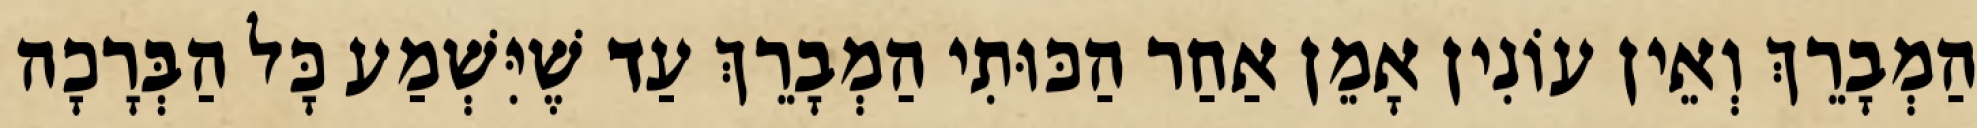
הַמְבָרֵךְ וְאֵין עוֹנִין אָמֵן אַחַר הַכּוּתִי הַמְבָרֵךְ עַד שֶׁיִּשְׁמַע כָּל הַבְּרָכָה